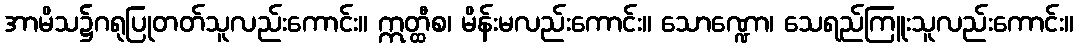
အာမိသ၌ဂရုပြုတတ်သူလည်းကောင်း။ ဣတ္ထီစ၊ မိန်းမလည်းကောင်း။ သောဏ္ဍော၊ သေရည်ကြူးသူလည်းကောင်း။